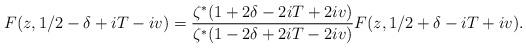
LaTeX: \begin{align*} F(z, 1/2 -\delta + iT - iv) = \frac{\zeta^*(1+2\delta - 2iT + 2iv)}{\zeta^*(1-2\delta + 2iT - 2iv)} F(z, 1/2 + \delta -iT + iv).\end{align*}